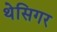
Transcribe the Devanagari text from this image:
थेसिगर